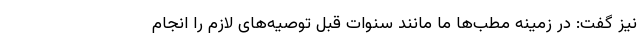
نیز گفت: در زمینه مطب‌ها ما مانند سنوات قبل توصیه‌های لازم را انجام